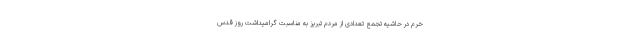
خرّم در حاشیه تجمع تعدادی از مردم تبریز به مناسبت گرامیداشت روز قدس